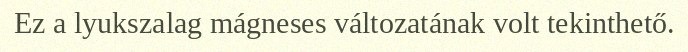
Ez a lyukszalag mágneses változatának volt tekinthető.